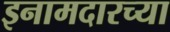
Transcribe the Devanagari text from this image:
इनामदारच्या